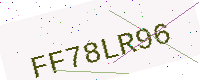
Text: FF78LR96